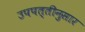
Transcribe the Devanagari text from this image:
उपपत्तीनुसार